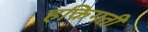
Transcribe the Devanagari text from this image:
हकिगती